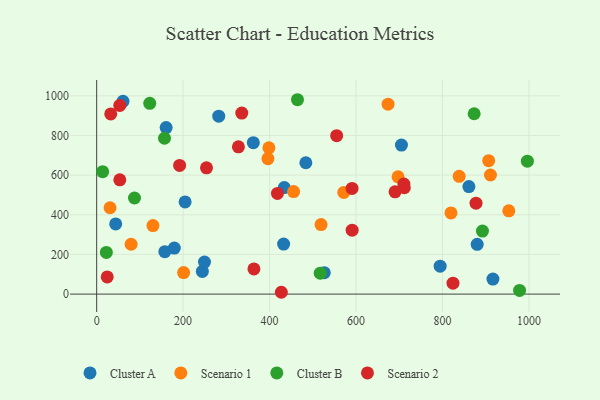
{"axis": {"x": "Study Hours", "y": "Salary"}, "legend": ["Cluster A", "Cluster B", "Scenario 1", "Scenario 2"], "data": [{"x": "483.9", "y": 662.4, "type": "Cluster A"}, {"x": "179.6", "y": 232.2, "type": "Cluster A"}, {"x": "916.7", "y": 75.9, "type": "Cluster A"}, {"x": "60.9", "y": 972.4, "type": "Cluster A"}, {"x": "157.7", "y": 213.8, "type": "Cluster A"}, {"x": "362.4", "y": 763.8, "type": "Cluster A"}, {"x": "432.5", "y": 252.4, "type": "Cluster A"}, {"x": "44.0", "y": 353.7, "type": "Cluster A"}, {"x": "880.3", "y": 251.2, "type": "Cluster A"}, {"x": "204.6", "y": 464.7, "type": "Cluster A"}, {"x": "434.0", "y": 537.1, "type": "Cluster A"}, {"x": "244.5", "y": 114.4, "type": "Cluster A"}, {"x": "526.5", "y": 108.2, "type": "Cluster A"}, {"x": "282.4", "y": 897.5, "type": "Cluster A"}, {"x": "249.4", "y": 161.5, "type": "Cluster A"}, {"x": "861.1", "y": 542.2, "type": "Cluster A"}, {"x": "794.6", "y": 141.0, "type": "Cluster A"}, {"x": "160.7", "y": 840.0, "type": "Cluster A"}, {"x": "705.1", "y": 751.8, "type": "Cluster A"}, {"x": "201.1", "y": 108.6, "type": "Scenario 1"}, {"x": "906.9", "y": 673.2, "type": "Scenario 1"}, {"x": "819.7", "y": 409.5, "type": "Scenario 1"}, {"x": "697.2", "y": 591.6, "type": "Scenario 1"}, {"x": "79.7", "y": 251.4, "type": "Scenario 1"}, {"x": "953.4", "y": 419.8, "type": "Scenario 1"}, {"x": "455.6", "y": 517.3, "type": "Scenario 1"}, {"x": "398.4", "y": 737.8, "type": "Scenario 1"}, {"x": "31.0", "y": 435.5, "type": "Scenario 1"}, {"x": "396.2", "y": 683.0, "type": "Scenario 1"}, {"x": "130.2", "y": 345.8, "type": "Scenario 1"}, {"x": "838.6", "y": 593.8, "type": "Scenario 1"}, {"x": "519.1", "y": 350.9, "type": "Scenario 1"}, {"x": "911.0", "y": 600.7, "type": "Scenario 1"}, {"x": "674.1", "y": 957.9, "type": "Scenario 1"}, {"x": "571.7", "y": 512.8, "type": "Scenario 1"}, {"x": "873.3", "y": 909.6, "type": "Cluster B"}, {"x": "87.5", "y": 484.7, "type": "Cluster B"}, {"x": "996.4", "y": 670.4, "type": "Cluster B"}, {"x": "978.3", "y": 18.3, "type": "Cluster B"}, {"x": "22.4", "y": 210.0, "type": "Cluster B"}, {"x": "13.8", "y": 617.3, "type": "Cluster B"}, {"x": "517.2", "y": 105.7, "type": "Cluster B"}, {"x": "156.9", "y": 786.1, "type": "Cluster B"}, {"x": "464.6", "y": 980.4, "type": "Cluster B"}, {"x": "122.8", "y": 962.2, "type": "Cluster B"}, {"x": "892.5", "y": 318.0, "type": "Cluster B"}, {"x": "418.2", "y": 507.8, "type": "Scenario 2"}, {"x": "427.2", "y": 9.2, "type": "Scenario 2"}, {"x": "877.6", "y": 458.4, "type": "Scenario 2"}, {"x": "24.4", "y": 86.4, "type": "Scenario 2"}, {"x": "327.9", "y": 742.7, "type": "Scenario 2"}, {"x": "590.8", "y": 533.1, "type": "Scenario 2"}, {"x": "824.3", "y": 55.3, "type": "Scenario 2"}, {"x": "53.5", "y": 951.5, "type": "Scenario 2"}, {"x": "363.8", "y": 127.1, "type": "Scenario 2"}, {"x": "32.6", "y": 908.8, "type": "Scenario 2"}, {"x": "191.9", "y": 649.1, "type": "Scenario 2"}, {"x": "710.7", "y": 554.8, "type": "Scenario 2"}, {"x": "254.1", "y": 636.9, "type": "Scenario 2"}, {"x": "53.5", "y": 576.4, "type": "Scenario 2"}, {"x": "711.7", "y": 536.9, "type": "Scenario 2"}, {"x": "335.7", "y": 913.0, "type": "Scenario 2"}, {"x": "555.2", "y": 798.9, "type": "Scenario 2"}, {"x": "591.0", "y": 322.4, "type": "Scenario 2"}, {"x": "690.3", "y": 515.7, "type": "Scenario 2"}]}